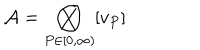
LaTeX: { \mathcal { A } } = \bigotimes _ { P \in \lbrack 0 , \infty ) } [ v _ { P } ]